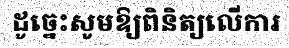
ដូច្នេះសូមឱ្យពិនិត្យលើការ